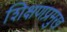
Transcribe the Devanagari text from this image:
शिक्षणप्रमुख